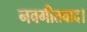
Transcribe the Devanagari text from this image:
नवगीतवाद।